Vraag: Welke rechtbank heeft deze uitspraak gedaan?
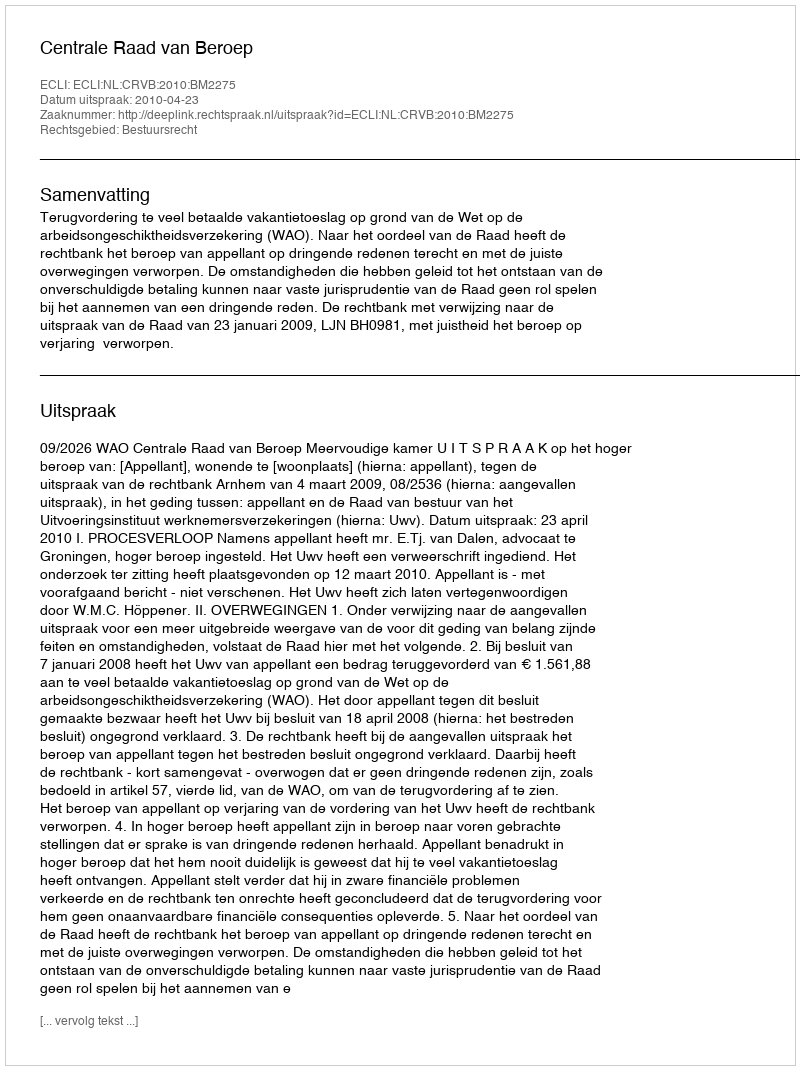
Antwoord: Centrale Raad van Beroep